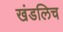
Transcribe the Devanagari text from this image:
खंडलिच